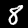
Label: 8